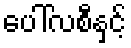
ပေါ်လစီနှင့်